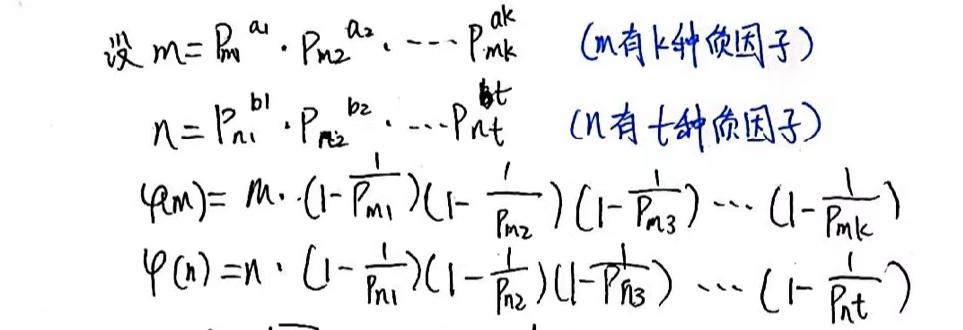
设 \(m = p_{m1}^{a_1}\cdot p_{m2}^{a_2}\cdots p_{mk}^{a_k}\) （\(m\)有 \(k\)种质因子）
\(n = p_{n1}^{b_1}\cdot p_{n2}^{b_2}\cdots p_{nt}^{b_t}\) （\(n\)有 \(t\)种质因子）
\(\varphi(m)=m\cdot(1 - \frac{1}{p_{m1}})(1 - \frac{1}{p_{m2}})(1 - \frac{1}{p_{m3}})\cdots(1 - \frac{1}{p_{mk}})\)
\(\varphi(n)=n\cdot(1 - \frac{1}{p_{n1}})(1 - \frac{1}{p_{n2}})(1 - \frac{1}{p_{n3}})\cdots(1 - \frac{1}{p_{nt}})\)